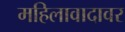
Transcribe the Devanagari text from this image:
महिलावादावर